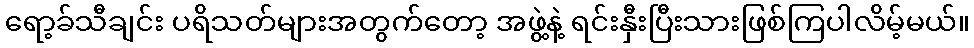
ရော့ခ်သီချင်း ပရိသတ်များအတွက်တော့ အဖွဲ့နဲ့ ရင်းနှီးပြီးသားဖြစ်ကြပါလိမ့်မယ်။